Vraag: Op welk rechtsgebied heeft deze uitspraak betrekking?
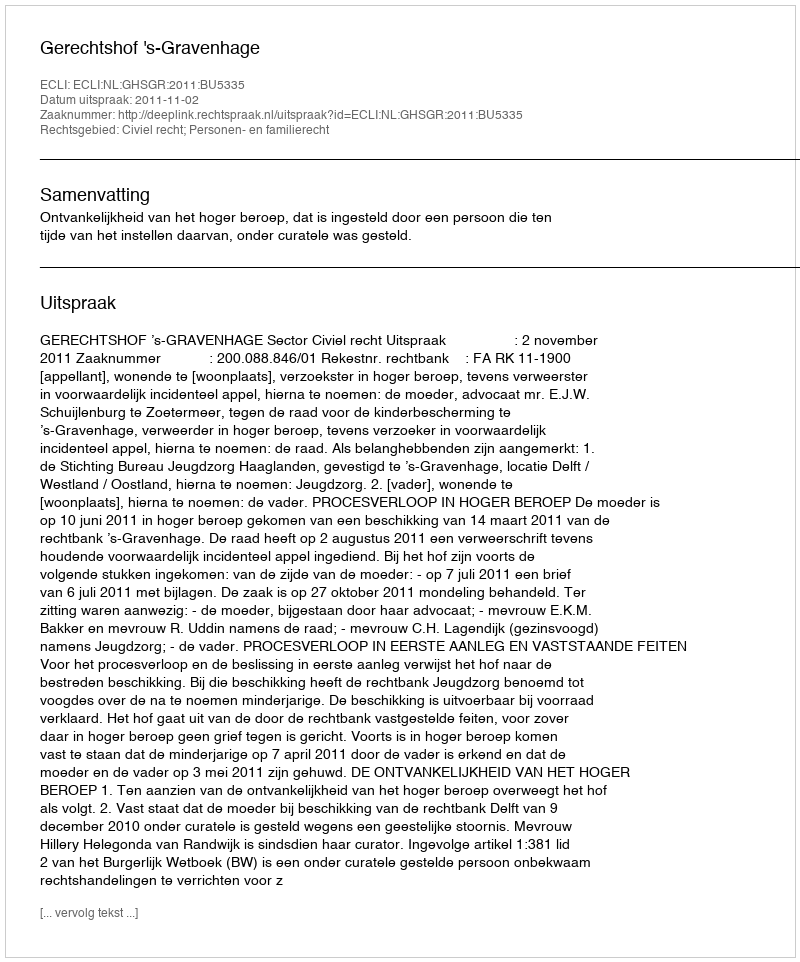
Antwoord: Civiel recht; Personen- en familierecht